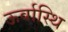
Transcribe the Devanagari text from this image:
ऊर्वास्थि